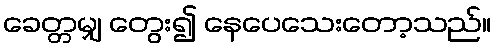
ခေတ္တမျှ တွေး၍ နေပေသေးတော့သည်။